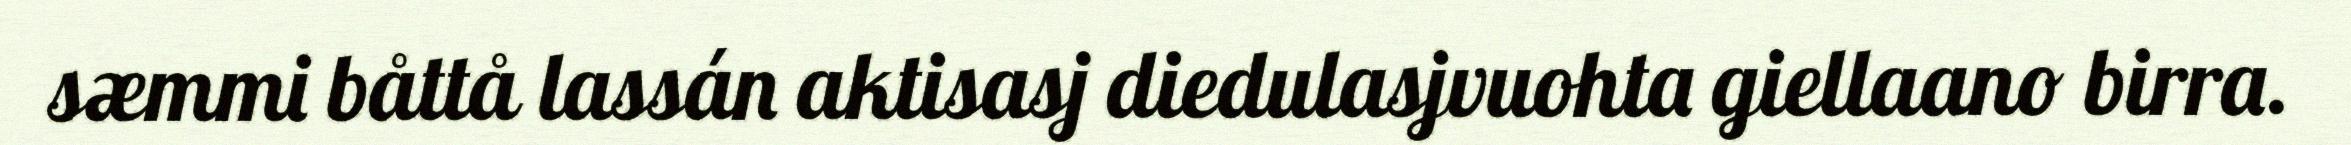
sæmmi båttå lassán aktisasj diedulasjvuohta giellaano birra.